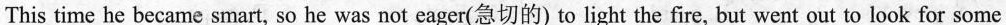
This time he became smart, so he was not eager(急切的) to light the fire, but went out to look for some